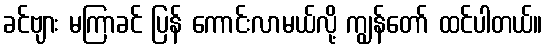
ခင်ဗျား မကြာခင် ပြန် ကောင်းလာမယ်လို့ ကျွန်တော် ထင်ပါတယ်။